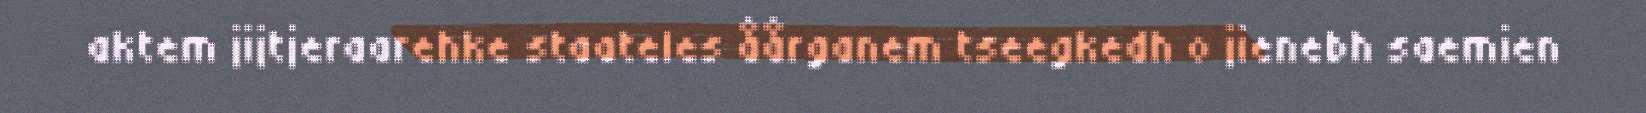
aktem jijtjeraarehke staateles åårganem tseegkedh o jienebh saemien